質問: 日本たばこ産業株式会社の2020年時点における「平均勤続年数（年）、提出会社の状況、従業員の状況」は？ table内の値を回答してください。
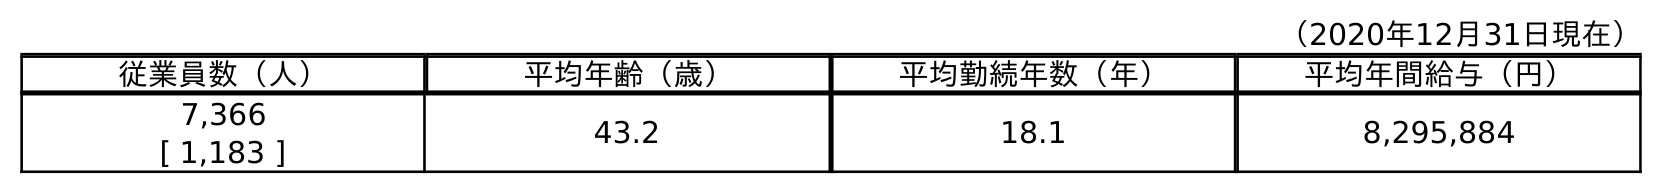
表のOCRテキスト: （2020年12月31日現在） 従業員数（人） 平均年齢（歳） 平均勤続年数（年） 平均年間給与（円） 7,366 43.2 18.1 8,295,884 [ 1,183 ]
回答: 18.1